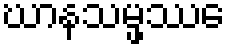
ဃာနသမ္ဖဿေ